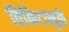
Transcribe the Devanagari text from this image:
तिकिटामुळे